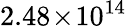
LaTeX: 2.48\! \times\! 10^{14}